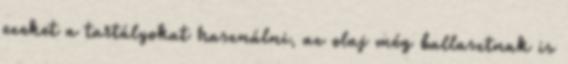
ezeket a tartályokat használni, az olaj még ballasztnak is